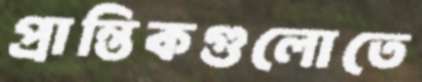
প্রান্তিকগুলোতে